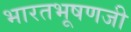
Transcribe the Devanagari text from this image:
भारतभूषणजी